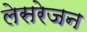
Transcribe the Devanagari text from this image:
लेसरेजन